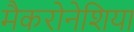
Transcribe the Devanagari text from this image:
मैकरोनेशिया